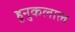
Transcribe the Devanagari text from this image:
हुनुकलाल